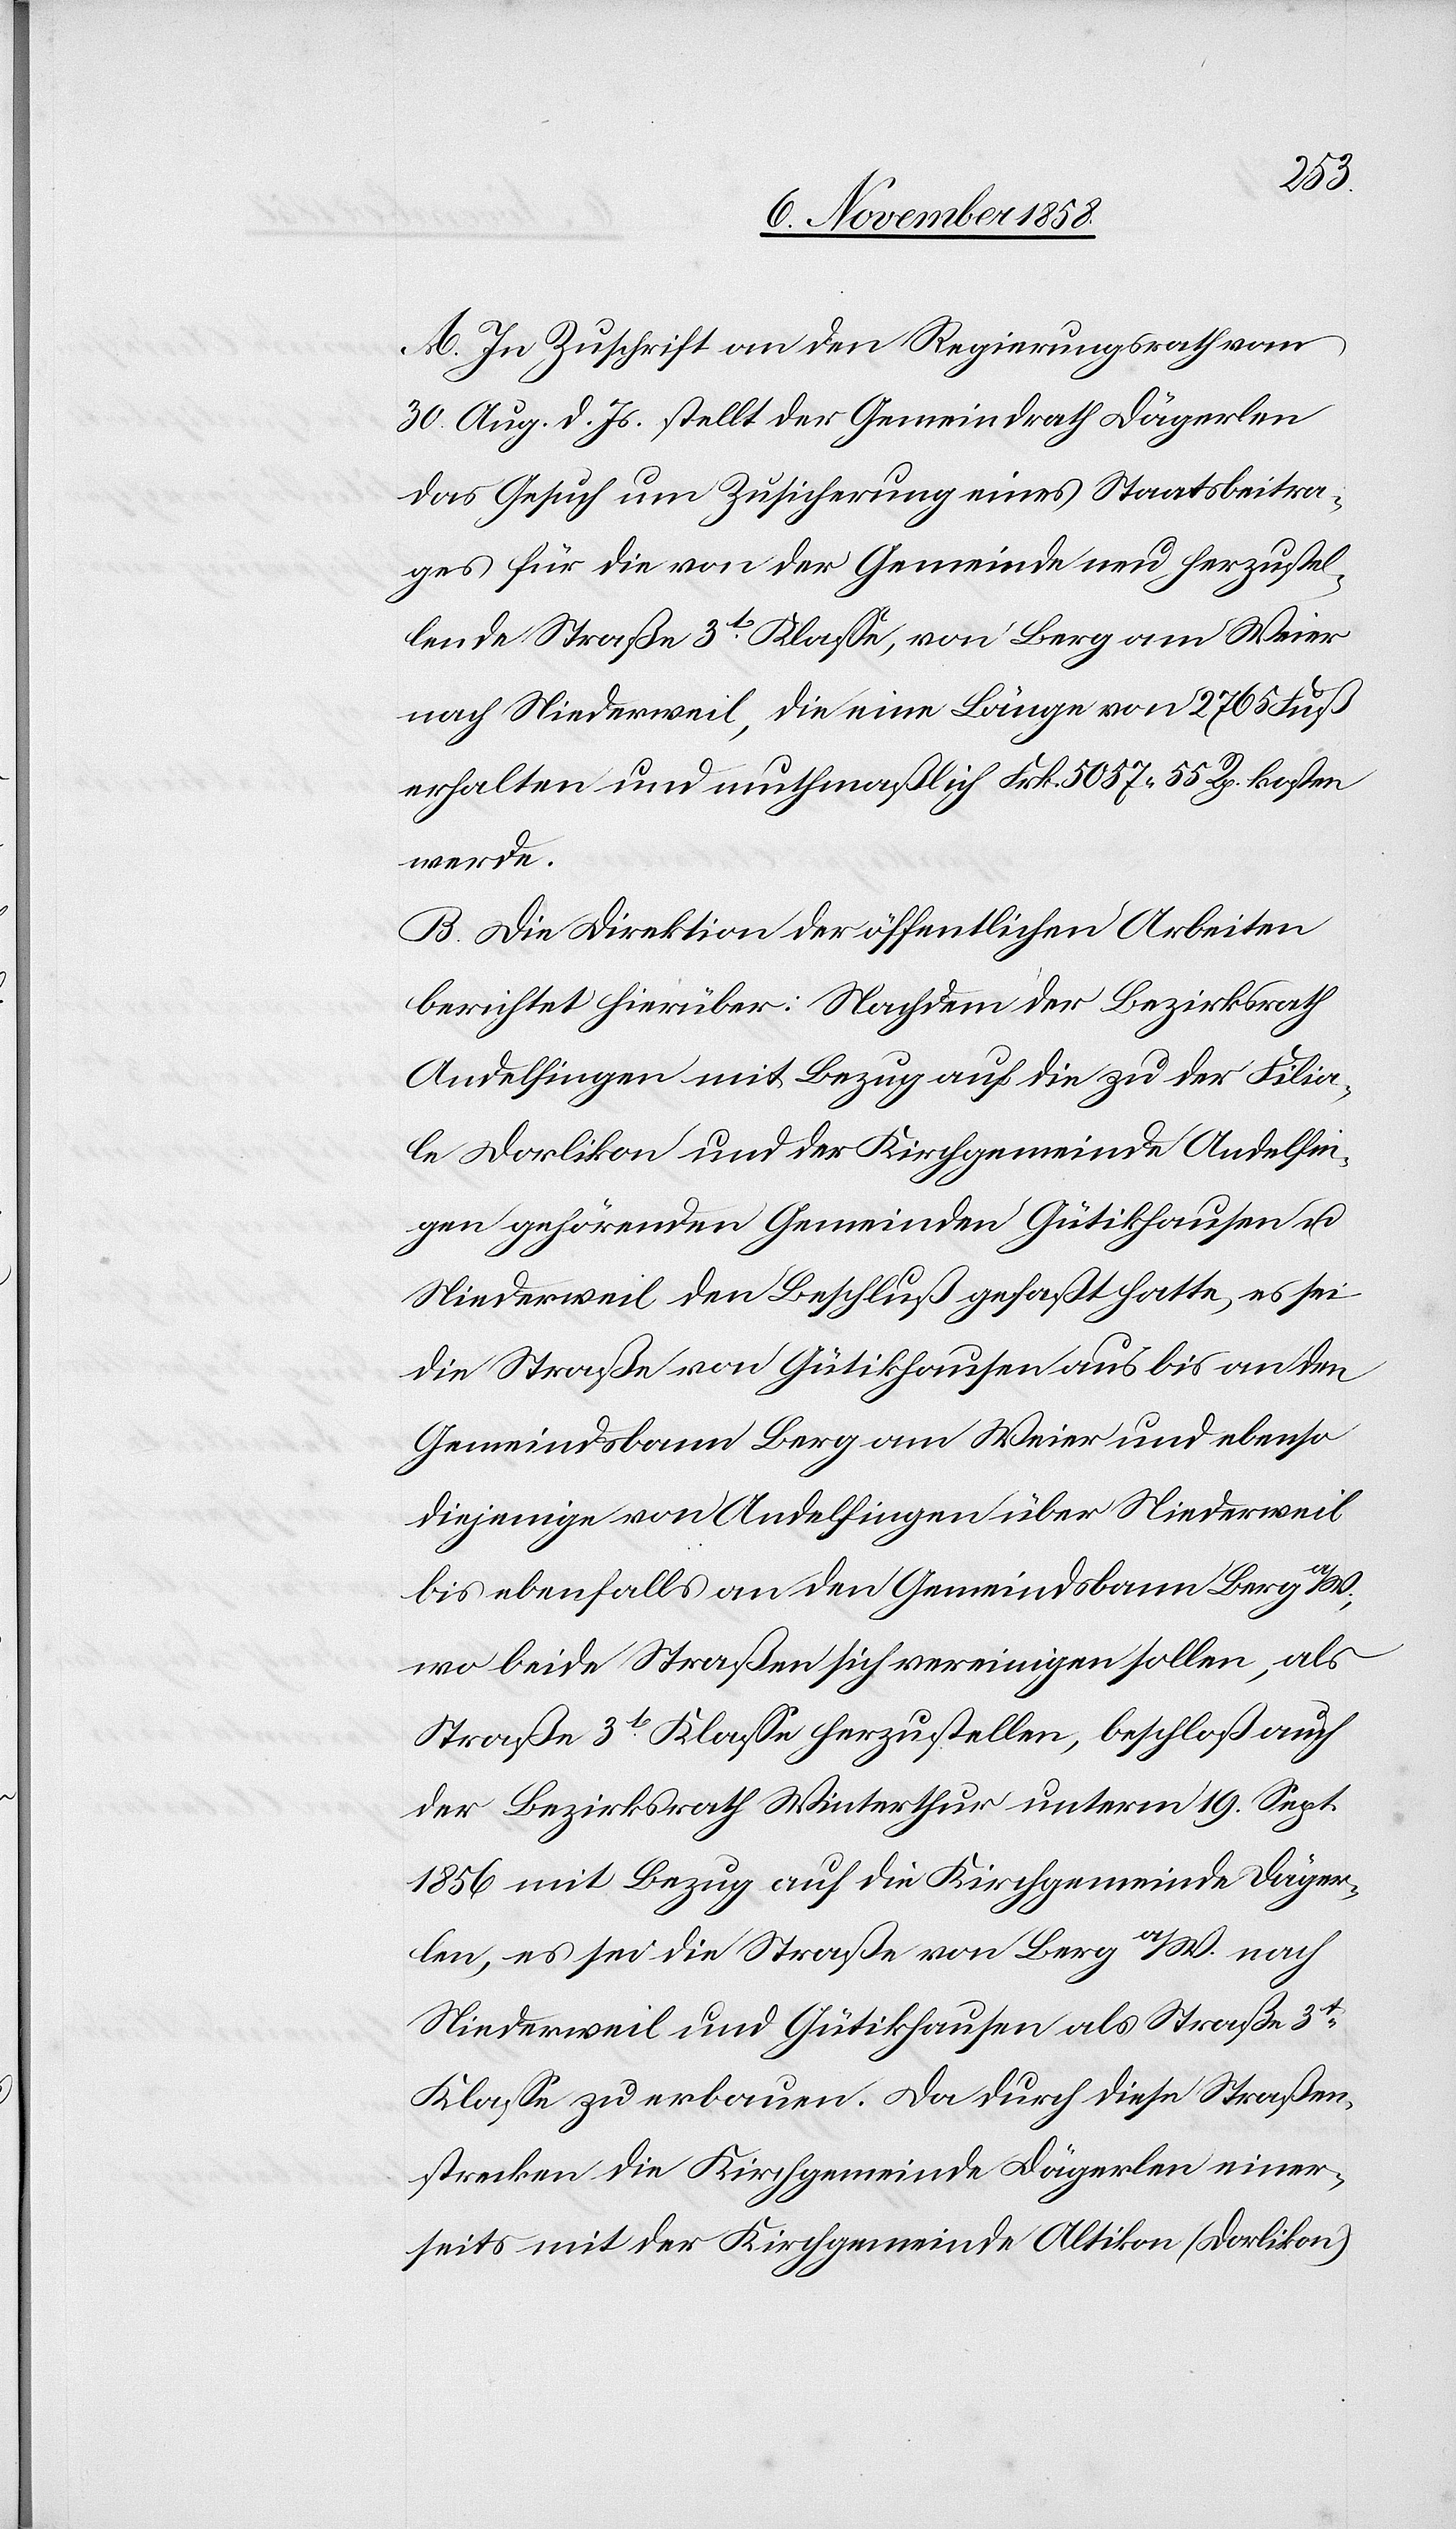
A. In Zuschrift an den Regierungsrath vom
30. Aug. d. Js. stellt der Gemeindrath Dägerlen
das Gesuch um Zusicherung eines Staatsbeitra¬
ges für die von der Gemeinde neu herzustel¬
lende Straße 3t Klasse, von Berg am Weier
nach Niederweil, die eine Länge von 2765 Fuß
erhalten und muthmaßlich Frk. 5057. 55 Rp. kosten
werde.
B. Die Direktion der öffentlichen Arbeiten
berichtet hierüber: Nachdem der Bezirksrath
Andelfingen mit Bezug auf die zu der Filia¬
le Dorlikon und der Kirchgemeinde Andelfin¬
gen gehörenden Gemeinden Gütikhausen u.
Niederweil den Beschluß gefaßt hatte, es sei
die Straße von Gütikhausen aus bis an den
Gemeindsbann Berg am Weier und ebenso
diejenige von Andelfingen über Niederweil
bis ebenfalls an den Gemeindsbann Berg a/W.,
wo beide Straßen sich vereinigen sollen, als
Straße 3t Klasse herzustellen, beschloß auch
der Bezirksrath Winterthur unterm 19. Sept.
1856 mit Bezug auf die Kirchgemeinde Däger¬
len, es sei die Straße von Berg a/W. nach
Niederweil und Gütikhausen als Straße 3t
Klasse zu erbauen. Da durch diese Straßen¬
strecken die Kirchgemeinde Dägerlen einer¬
seits mit der Kirchgemeinde Altikon (Dorlikon)